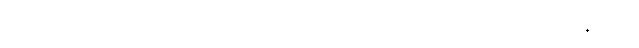
ဒီရာသီမှာလည်း အသင်းအတွက် စီးရီးအေသွင်းဂိုး(၃၁)ဂိုးအထိပါ သွင်းယူပေးနိုင်ခဲ့တဲ့